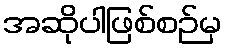
အဆိုပါဖြစ်စဉ်မှ